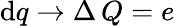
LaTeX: \mathrm{d}q\to\Delta\, Q=e